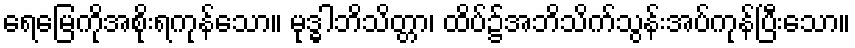
ရေမြေကိုအစိုးရကုန်သော။ မုဒ္ဓါဘိသိတ္တာ၊ ထိပ်၌အဘိသိက်သွန်းအပ်ကုန်ပြီးသော။